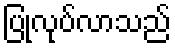
ပြုလုပ်လာသည်